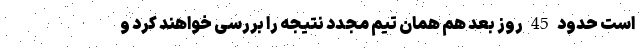
است حدود 45 روز بعد هم همان تیم مجدد نتیجه را بررسی خواهند کرد و